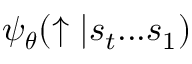
\psi _ { \boldsymbol \theta } ( \uparrow | s _ { t } . . . s _ { 1 } )